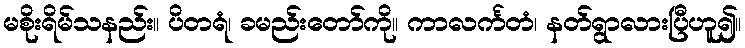
မစိုးရိမ်သနည်း။ ပိတရံ၊ ခမည်းတော်ကို။ ကာလင်္ကတံ၊ နတ်ရွာလားပြီဟူ၍။